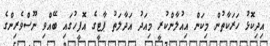
އިދިކޮޅު ހަރަކާތުން މިކަން އިއުލާންކުރީ މިއަދު އަދާލަތު ޕާޓީގެ އޮފީހުގައި ބޭއްވި ނޫސްވެރިންގެ